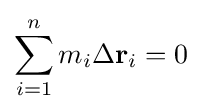
\sum _{i=1}^{n}m_{i}\Delta \mathbf {r} _{i}=0